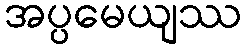
အပ္ပမေယျဿ